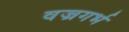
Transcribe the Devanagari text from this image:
वज्रगर्भ